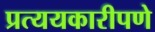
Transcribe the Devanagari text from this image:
प्रत्ययकारीपणे